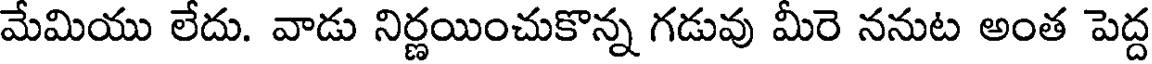
మేమియు లేదు. వాడు నిర్ణయించుకొన్న గడువు మీరె ననుట అంత పెద్ద